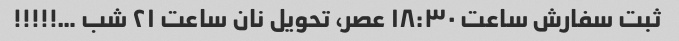
ثبت سفارش ساعت ۱۸:۳۰ عصر، تحویل نان ساعت ۲۱ شب …!!!!!